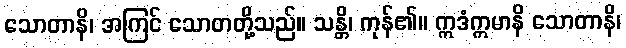
သောတာနိ၊ အကြင် သောတတို့သည်။ သန္တိ၊ ကုန်၏။ ဣဒံဣမာနိ သောတာနိ၊